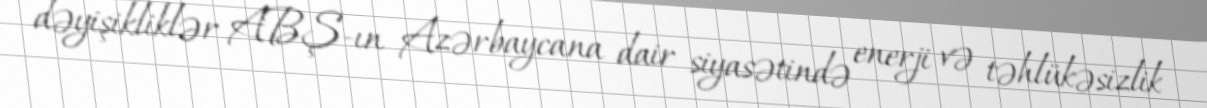
dəyişikliklər ABŞ-ın Azərbaycana dair siyasətində enerji və təhlükəsizlik